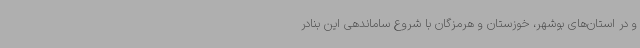
و در استان‌های بوشهر، خوزستان و هرمزگان با شروع ساماندهی این بنادر